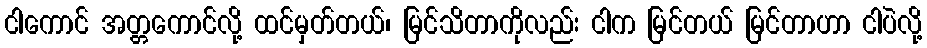
ငါကောင် အတ္တကောင်လို့ ထင်မှတ်တယ်၊ မြင်သိတာကိုလည်း ငါက မြင်တယ် မြင်တာဟာ ငါပဲလို့